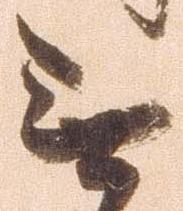
無